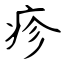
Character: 疹